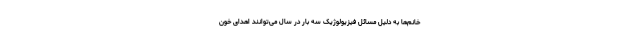
خانم‌ها به دلیل مسائل فیزیولوژیک سه بار در سال می‌توانند اهدای خون